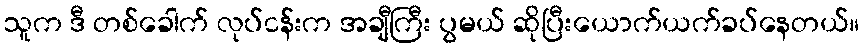
သူက ဒီ တစ်ခေါက် လုပ်ငန်းက အချီကြီး ပွမယ် ဆိုပြီးယောက်ယက်ခပ်နေတယ်။